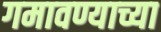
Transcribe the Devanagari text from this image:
गमावण्याच्या